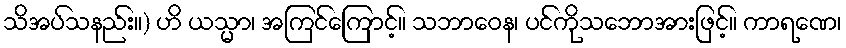
သိအပ်သနည်း။) ဟိ ယသ္မာ၊ အကြင်ကြောင့်။ သဘာဝေန၊ ပင်ကိုသဘောအားဖြင့်။ ကာရဏေ၊